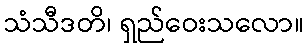
သံသီဒတိ၊ ရှည်ဝေးသလော။